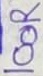
Text: 100R